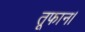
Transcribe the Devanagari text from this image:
तूफान।